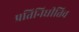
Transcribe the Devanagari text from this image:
प्रतिनिधीतिव